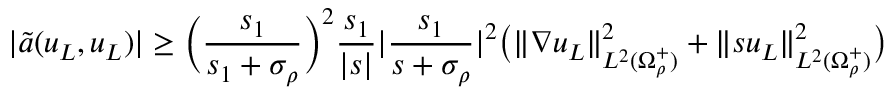
| \tilde { a } ( u _ { L } , u _ { L } ) | \geq \Big ( \frac { s _ { 1 } } { s _ { 1 } + \sigma _ { \rho } } \Big ) ^ { 2 } \frac { s _ { 1 } } { | s | } | \frac { s _ { 1 } } { s + \sigma _ { \rho } } | ^ { 2 } \big ( \| \nabla u _ { L } \| _ { L ^ { 2 } ( \Omega _ { \rho } ^ { + } ) } ^ { 2 } + \| s u _ { L } \| _ { L ^ { 2 } ( \Omega _ { \rho } ^ { + } ) } ^ { 2 } \big )